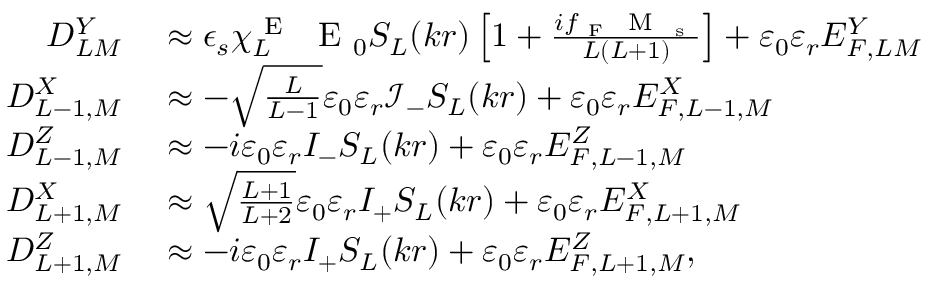
\begin{array} { r l } { D _ { L M } ^ { Y } } & { { } \approx \epsilon _ { s } \chi _ { L } ^ { \mathrm { ~ E ~ } } \ \mathrm { ~ E ~ } _ { 0 } S _ { L } ( k r ) \left[ 1 + \frac { i f _ { \mathrm { ~ F ~ } } \mathrm { ~ M ~ } _ { \mathrm { ~ s ~ } } } { L ( L + 1 ) } \right] + \varepsilon _ { 0 } \varepsilon _ { r } E _ { F , L M } ^ { Y } } \\ { D _ { L - 1 , M } ^ { X } } & { { } \approx - \sqrt { \frac { L } { L - 1 } } \varepsilon _ { 0 } \varepsilon _ { r } \mathcal { I } _ { - } S _ { L } ( k r ) + \varepsilon _ { 0 } \varepsilon _ { r } E _ { F , L - 1 , M } ^ { X } } \\ { D _ { L - 1 , M } ^ { Z } } & { { } \approx - i \varepsilon _ { 0 } \varepsilon _ { r } { \cal I } _ { - } S _ { L } ( k r ) + \varepsilon _ { 0 } \varepsilon _ { r } E _ { F , L - 1 , M } ^ { Z } } \\ { D _ { L + 1 , M } ^ { X } } & { { } \approx \sqrt { \frac { L + 1 } { L + 2 } } \varepsilon _ { 0 } \varepsilon _ { r } { \cal I } _ { + } S _ { L } ( k r ) + \varepsilon _ { 0 } \varepsilon _ { r } E _ { F , L + 1 , M } ^ { X } } \\ { D _ { L + 1 , M } ^ { Z } } & { { } \approx - i \varepsilon _ { 0 } \varepsilon _ { r } { \cal I } _ { + } S _ { L } ( k r ) + \varepsilon _ { 0 } \varepsilon _ { r } E _ { F , L + 1 , M } ^ { Z } , } \end{array}